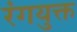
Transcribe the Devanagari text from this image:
रंगयुक्त